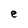
Character: e